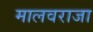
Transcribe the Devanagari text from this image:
मालवराजा